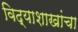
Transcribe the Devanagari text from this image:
विद्याशाखांचा